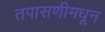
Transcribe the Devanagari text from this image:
तपासणीमधून